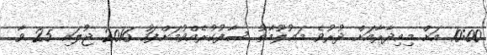
10:00 އަށް މިއިދާރާއަށް ދުރުވެ މަޢުލޫމާތު ސާފުކުރެއްވުމަށްފަހު 2016 ޖުލައި 25 ވާ